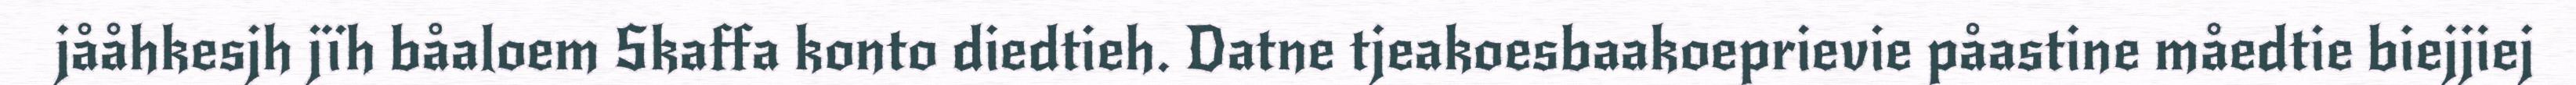
jååhkesjh jïh båaloem Skaffa konto diedtieh. Datne tjeakoesbaakoeprievie påastine måedtie biejjiej